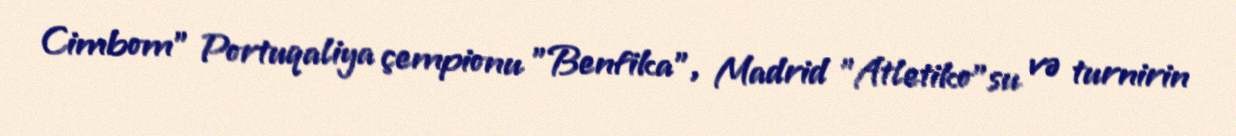
Cimbom" Portuqaliya çempionu "Benfika", Madrid "Atletiko"su və turnirin